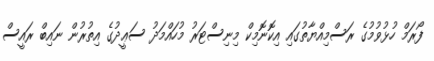
ފޯރަމް ހުޅުވުމުގެ ރަސްމިއްޔާތުގައި އިކޮނޮމިކް މިނިސްޓަރު މުހައްމަދު ސަޢީދުގެ އިތުރުން ނައިބް ރައީސް